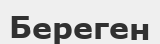
Береген